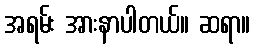
အရမ်း အားနာပါတယ်။ ဆရာ။